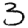
Digit: 3